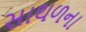
સાથળના